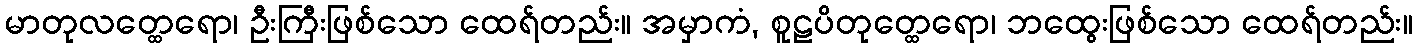
မာတုလတ္ထေရော၊ ဦးကြီးဖြစ်သော ထေရ်တည်း။ အမှာကံ, စူဠပိတုတ္ထေရော၊ ဘထွေးဖြစ်သော ထေရ်တည်း။